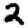
Digit: 2